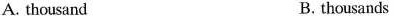
A.thousand B.thousands